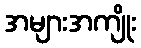
အများအကျိုး